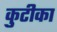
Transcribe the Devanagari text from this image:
कुटीका